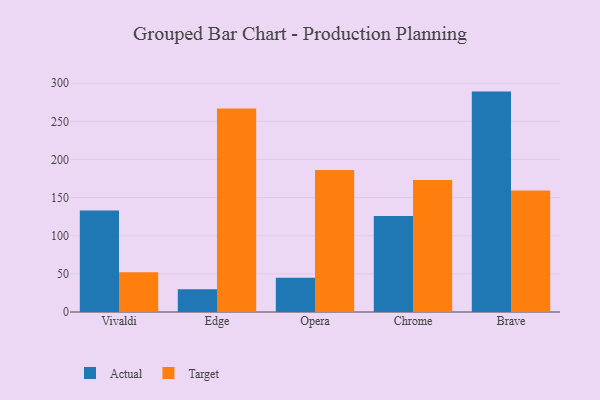
{"axis": {"x": "Browser", "y": "Tickets Resolved"}, "legend": ["Actual", "Target"], "data": [{"x": "Vivaldi", "y": 133.2, "type": "Actual"}, {"x": "Vivaldi", "y": 52.2, "type": "Target"}, {"x": "Edge", "y": 29.8, "type": "Actual"}, {"x": "Edge", "y": 266.8, "type": "Target"}, {"x": "Opera", "y": 45.0, "type": "Actual"}, {"x": "Opera", "y": 186.3, "type": "Target"}, {"x": "Chrome", "y": 126.0, "type": "Actual"}, {"x": "Chrome", "y": 173.1, "type": "Target"}, {"x": "Brave", "y": 289.0, "type": "Actual"}, {"x": "Brave", "y": 159.4, "type": "Target"}]}